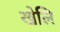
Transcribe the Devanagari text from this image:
खेलि